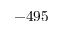
- 4 9 5